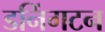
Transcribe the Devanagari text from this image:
डनिंगटन